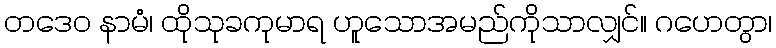
တဒေဝ နာမံ၊ ထိုသုခကုမာရ ဟူသောအမည်ကိုသာလျှင်။ ဂဟေတွာ၊